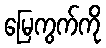
မြေကွက်ကို